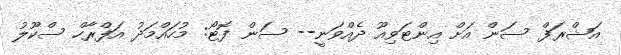
އަޝްރަފް ސަން އަށް އިންޓަވިއޫ ދެއްވަނީ-- ސަން ފޮޓޯ: މުހައްމަދު އަފްރާހް ސްކޫލު